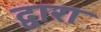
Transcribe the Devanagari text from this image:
द्वारा